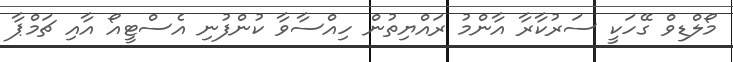
މޯލްޑިވް ގޭހަކީ ސަރުކާރާ އާންމު ރައްޔިތުން ހިއްސާވާ ކުންފުނި އެސްޓީއޯ އާއި ޗަމްޕާ